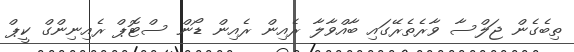
ތިބެގެން ޖަލްސާ ވާރެތެރޭގައި ބާއްވާލާ ރެއިން ރެއިން ޑޯން ސްޓޮޕް ރެއިނިންގް ކީޕް